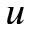
u